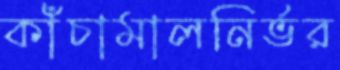
কাঁচামালনির্ভর